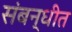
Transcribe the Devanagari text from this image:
संबन्धीत